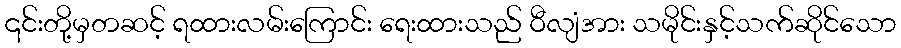
၎င်းတို့မှတဆင့် ရထားလမ်းကြောင်း ရေးထားသည် ဝီလျံအား သမိုင်းနှင့်သက်ဆိုင်သော